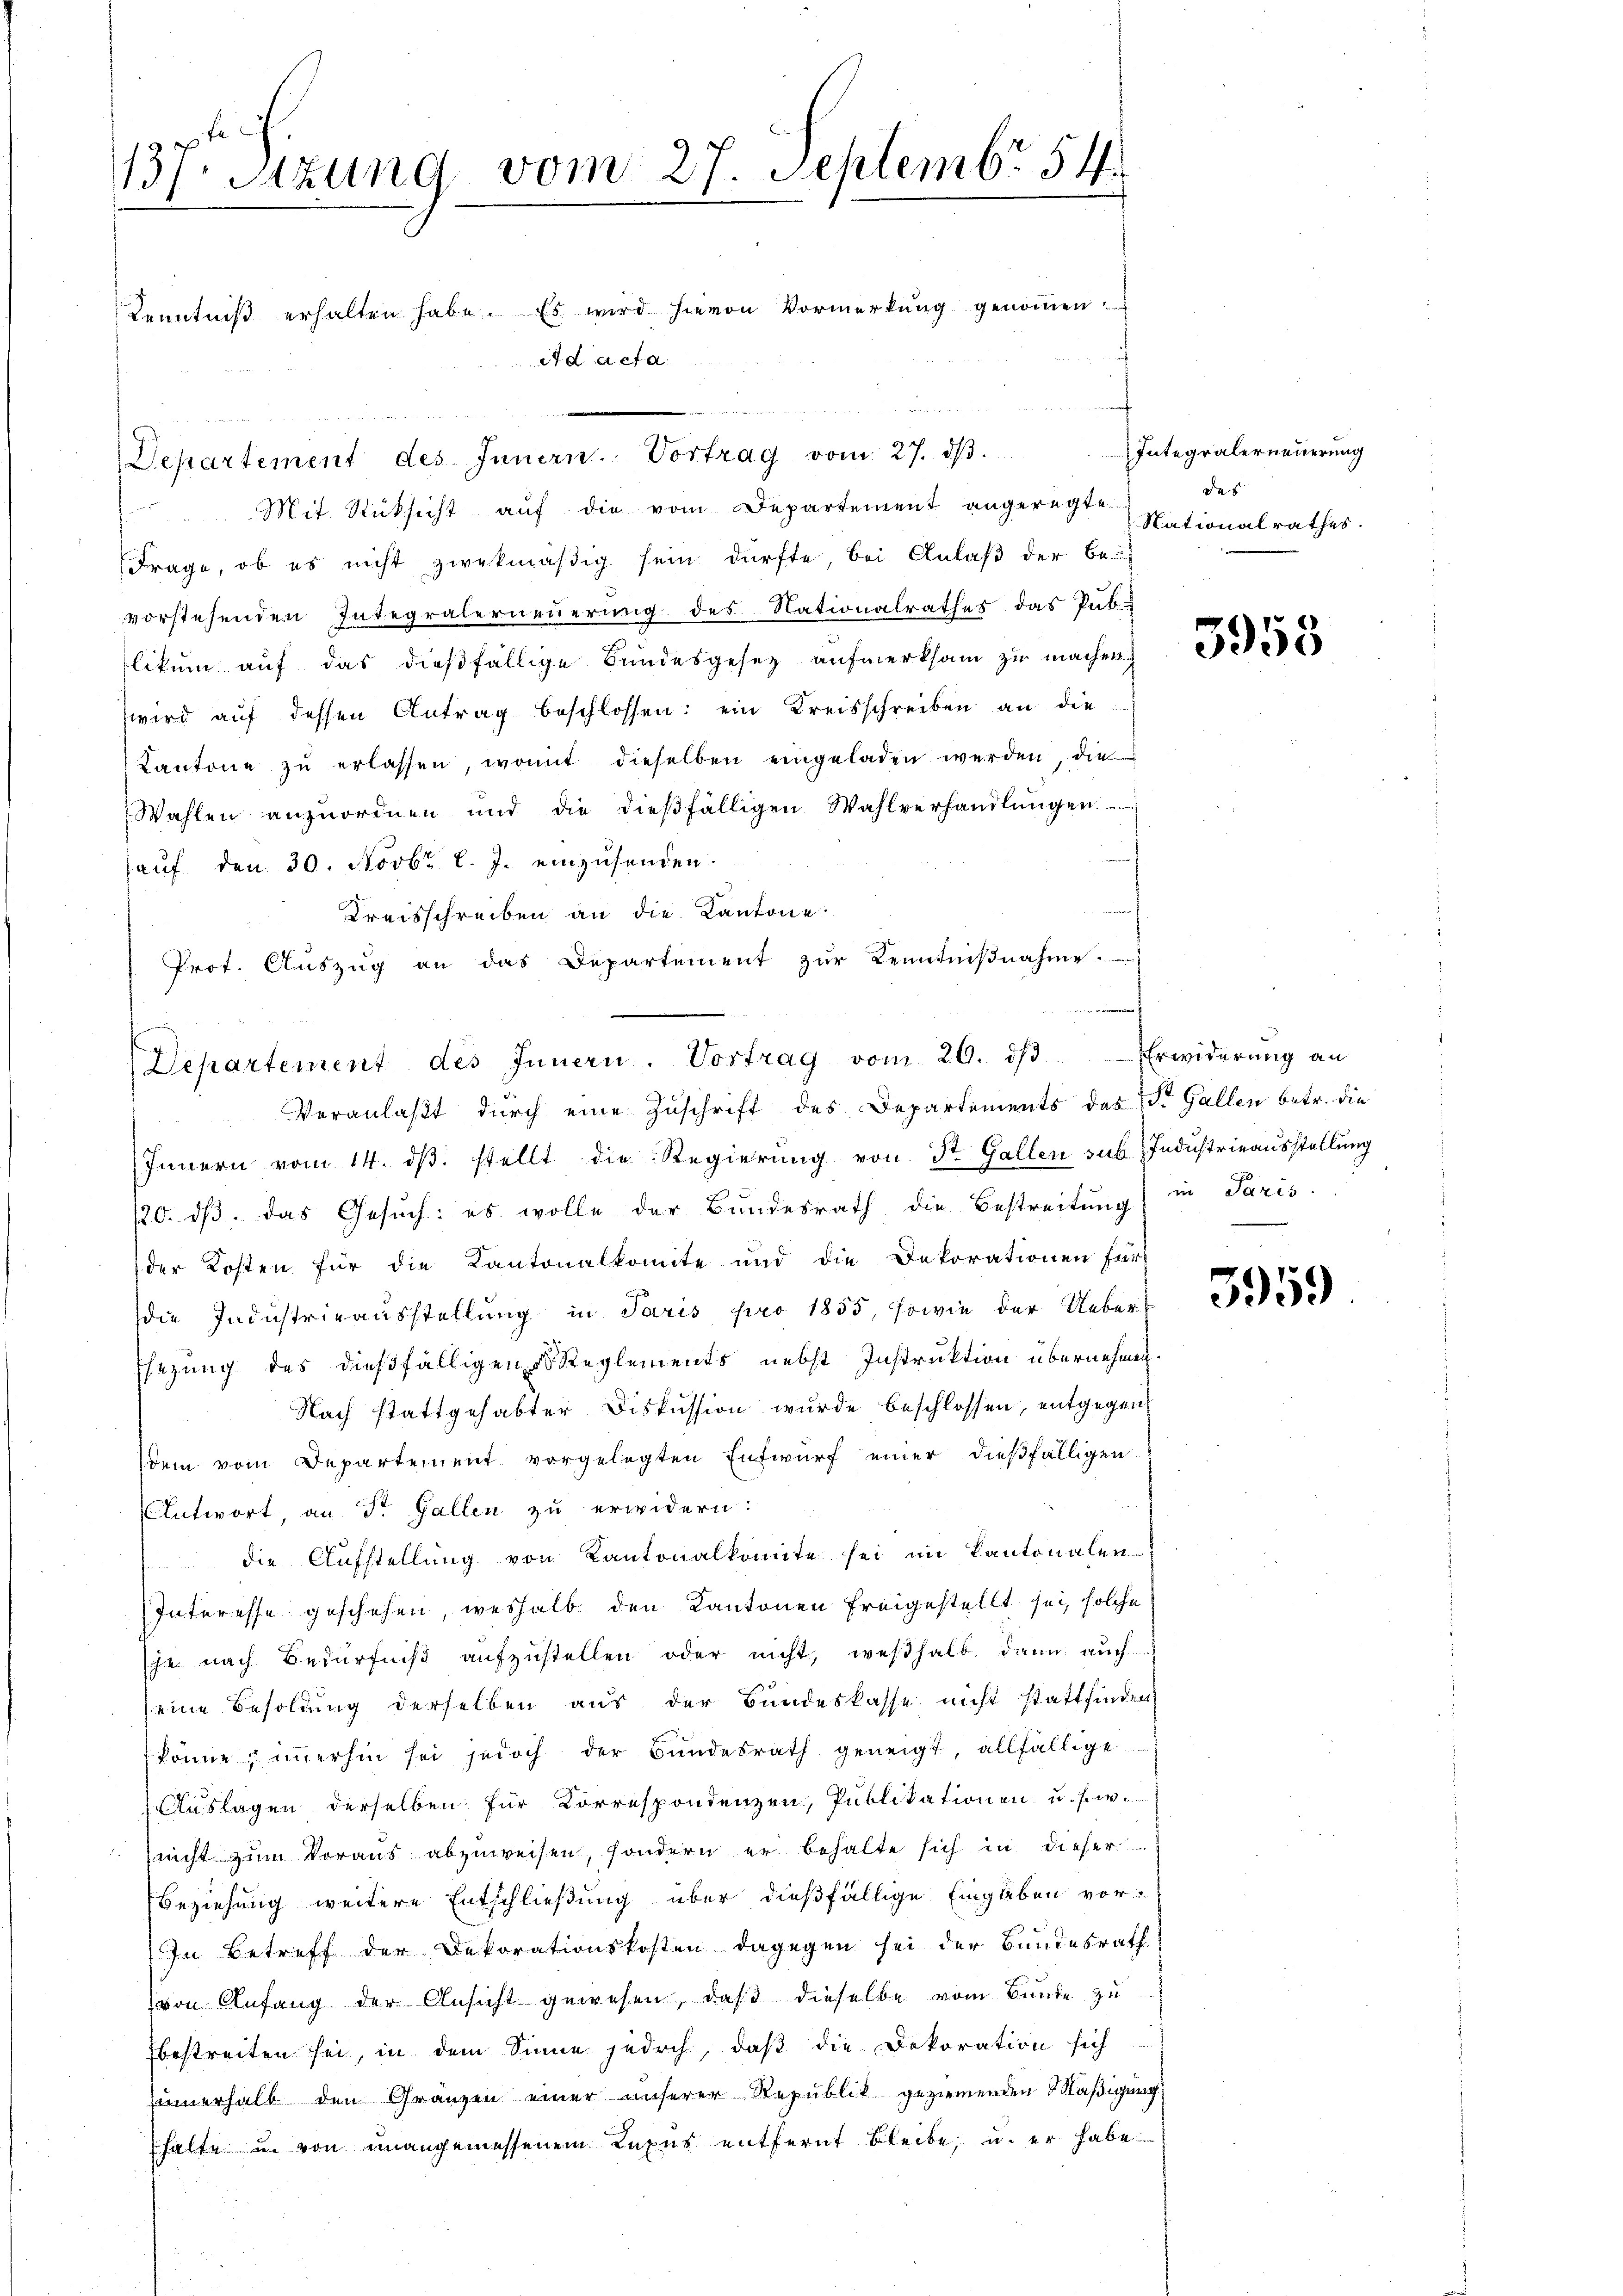
137. Sitzung vom 27. Septembr. 54
Kenntniß erhalten habe. Es wird hievon Vormerkung genommen
ad acta

n
Departement des Innern. Vortrag vom 27. dβ.

Mit Rücksicht auf die vom Departement angeregte
Frage, ob es nicht zwekmäßig sein dürfte bei Anlaß der Be-
vorstehenden Integralerneuerung des Nationalrathes das Pub-
likum auf das dießfällige Bundesgesetz aufmerksam zu machen
wird auf dessen Antrag beschlossen: ein Kreisschreiben an die
Kantone zŭ erlassen, womit dieselben eingeladen werden, die
Wahlen anzuordnen und die dieβfälligen Wahlverhandlŭngen
auf den 30. Novbr. l. J. einzusenden.
Kreisschreiben an die Kantone
Prof. Aŭszŭg an das Departement zŭr Kenntniβnahme.
Veranlaßt durch eine Zuschrift des Departements des St. Gallen betr. die
Innern vom 14. dβ. stellt die Regierŭng von St. Gallen sub. Industrieausstellung
120. dβ das Gesŭch: es wolle der Bŭndesrath die Bestreitŭng in Paris
der Kosten für die Kantonalkomite und die Dekorationen für
die Industrieausstellung in Paris pro 1855, sowie der Ueber¬
Esezung des dießfälligen Reglements nebst Instruktion übernehmen.
Nach stattgehabter Diskussion wurde beschlossen, entgegen
dem vom Departement vorgelegten Entwurf einer dießfälligen
Antwort, an St. Gallen zu erwidern:
die Aufstellung von Kantonalkomite sei im Kantonalen
Interesse geschehen, weshalb den Kantonen freigestellt sei, solche
sche nach Bedürfniß aufzustellen oder nicht, weßhalb dann auch
seine Besoldung derselben aus der Bundeskasse nicht stattfinden
könne; immerhin sei jedoch der Bundesrath geneigt, allfällige
Auslagen derselben für Korrespondenzen, Publikationen u. s. w.
nicht zum Voraus abzuweisen, sondern er behalte sich in dieser
Beziehung weitere Entschließung über dießfällige Eingleben vor¬
In Betreff der Dekorationskosten dagegen sei der Bundesrath
von Anfang der Ansicht gewesen, daβ dieselbe vom Bunde zu
bestreiten sei, in dem Sinne jedoch, daβ die Dekoration sich
Einnerhalb den Gränzen einer unserer Republik geziemenden Mäßigung
halte in von unangemessenem Luxus entfernt bleibe, u. er habe

Departement des Innern. Vortrag vom 26. dβ Erwiderŭng an

Integralerneuerung
das
Nationalrathes.

3958

5959